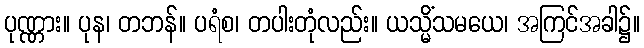
ပုဏ္ဏား။ ပုန၊ တဘန်။ ပရံစ၊ တပါးတုံလည်း။ ယသ္မိံသမယေ၊ အကြင်အခါ၌။